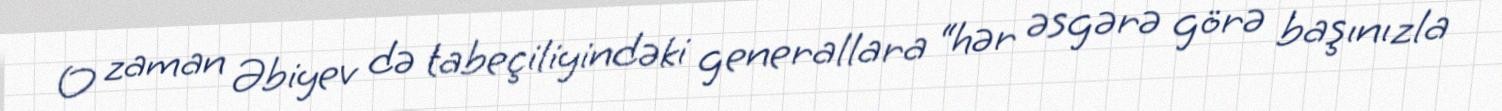
O zaman Əbiyev də tabeçiliyindəki generallara “hər əsgərə görə başınızla